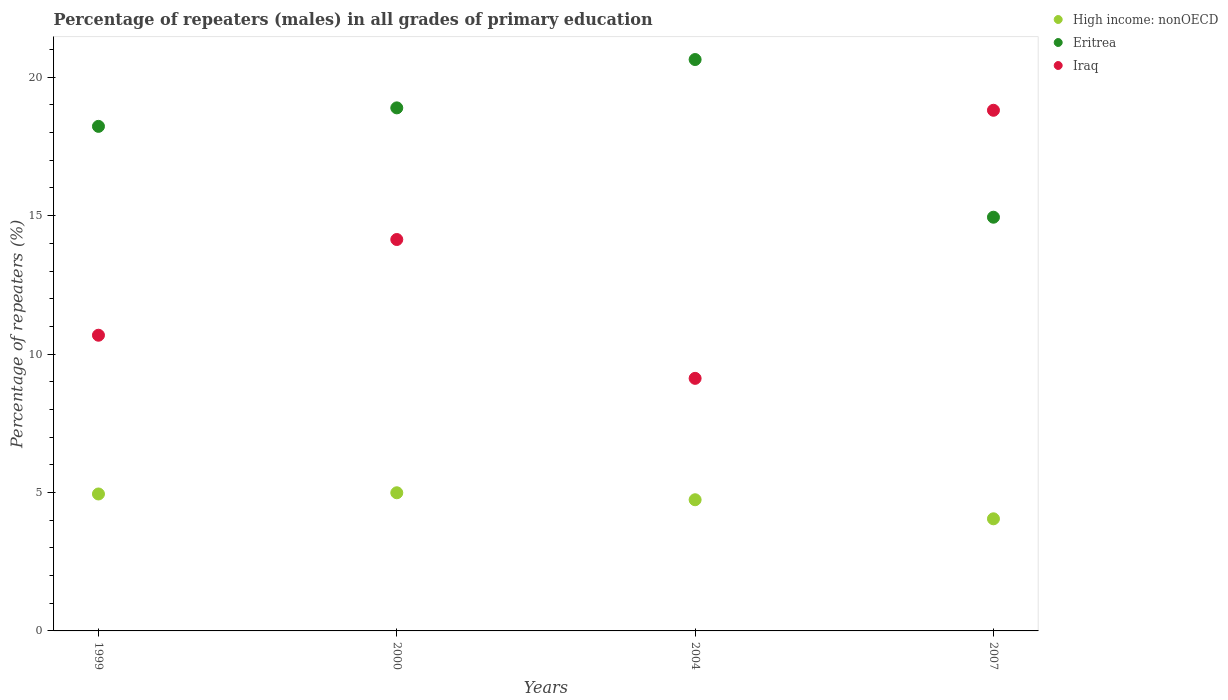
| Years | High income: nonOECD | Eritrea | Iraq |
 | --- | --- | --- | --- |
 | 1999 | 4.95 | 18.2 | 10.7 |
 | 2000 | 4.99 | 18.9 | 14.1 |
 | 2004 | 4.74 | 20.6 | 9.12 |
 | 2007 | 4.05 | 14.9 | 18.8 |